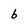
Character: b